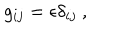
g _ { i j } = \epsilon \delta _ { i j } ~ ,